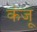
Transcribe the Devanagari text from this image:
कंजू